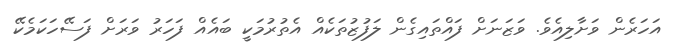
އަހަރެން ވަށާލިއެވެ. ވަޒަނަށް ފައްތައިގެން ލަފުޒުތަކެއް އެތުރުމަކީ ބައެއް ފަހަރު ވަރަށް ފަސޭހަކަމެކޭ